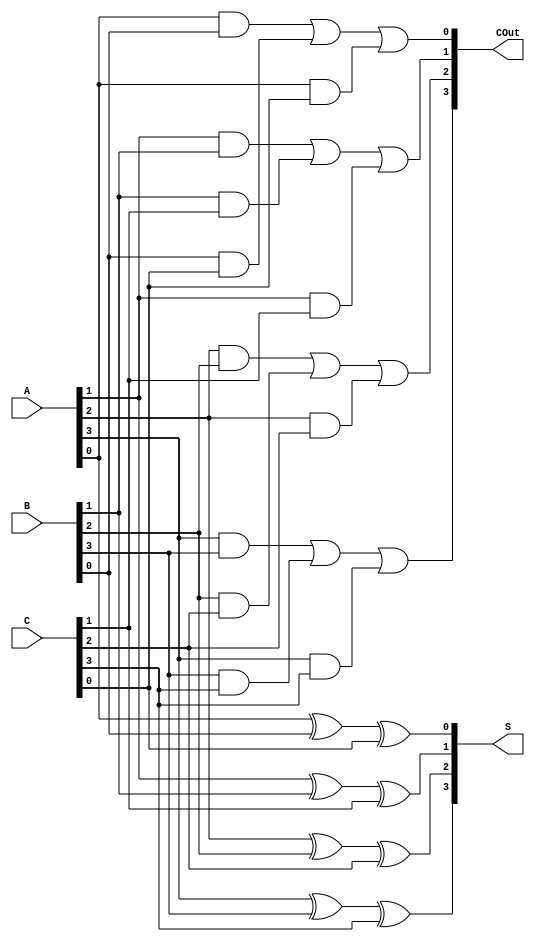
module CarrySaveAdder #(
    parameter N = 4  // Number of bits for each input
)(
    input [N-1:0] A,  // First input
    input [N-1:0] B,  // Second input
    input [N-1:0] C,  // Third input
    output [N-1:0] S, // Sum output
    output [N-1:0] COut // Carry output
);
    
    // Intermediate wires for full adder outputs
    wire [N-1:0] sum; // Intermediate sum
    wire [N-1:0] carry; // Intermediate carry

    // Full Adder Logic
    genvar i;
    generate
        for (i = 0; i < N; i = i + 1) begin : full_adder
            // Sum = A[i] ^ B[i] ^ C[i]
            assign sum[i] = A[i] ^ B[i] ^ C[i];
            // Carry = (A[i] & B[i]) | (B[i] & C[i]) | (A[i] & C[i])
            assign carry[i] = (A[i] & B[i]) | (B[i] & C[i]) | (A[i] & C[i]);
        end
    endgenerate

    // Assign outputs
    assign S = sum;      // Sum output
    assign COut = carry; // Carry output

endmodule